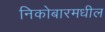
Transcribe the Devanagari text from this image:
निकोबारमधील